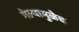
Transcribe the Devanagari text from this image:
गेल्यामुळेच